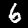
Digit: 6